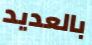
بالعديد